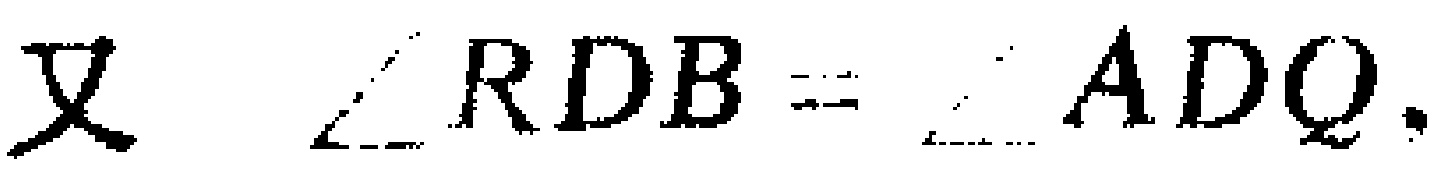
又 $\angle RDB = \angle ADQ.$